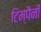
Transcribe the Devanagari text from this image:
टिम्पैनी